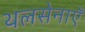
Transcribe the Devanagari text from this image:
थलसेनाएँ